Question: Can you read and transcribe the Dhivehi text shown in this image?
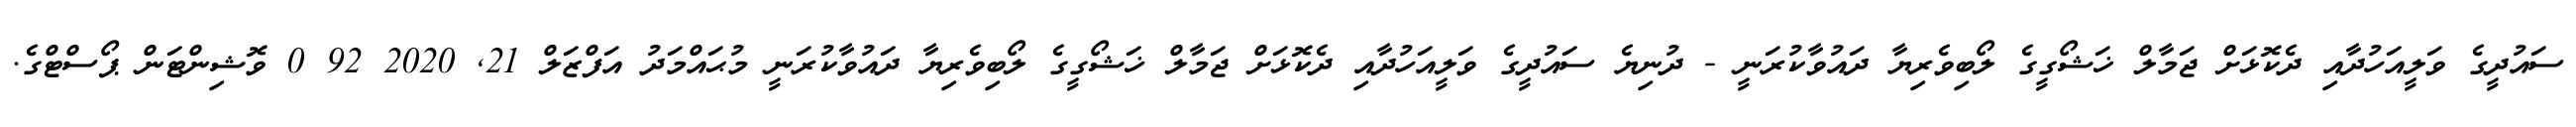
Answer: ސައުދީގެ ވަލީއަހުދާއި ދެކޮޅަށް ޖަމާލް ޚަޝޯގީގެ ލޯބިވެރިޔާ ދައުވާކުރަނީ - ދުނިޔެ ސައުދީގެ ވަލީއަހުދާއި ދެކޮޅަށް ޖަމާލް ޚަޝޯގީގެ ލޯބިވެރިޔާ ދައުވާކުރަނީ މުޙައްމަދު އަފްޒަލް 21, 2020 92 0 ވޮޝިންޓަން ޕޯސްޓްގެ.